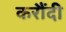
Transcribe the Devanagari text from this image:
करौंदी